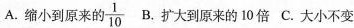
A.缩小到原来的 \frac{1}{10} B.扩大到原来的10倍 C.大小不变